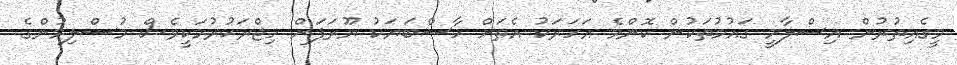
މީގެއިތުރުން އިސްލާމީ ގައުމުތަކުން ކޮންމެ އަހަރަކު އެތަށް ހާސްބަޔަކު ޔޫރަޕަށް ހިޖްރަކުރުމަކީވެސް މުސްލިމުންގެ